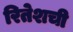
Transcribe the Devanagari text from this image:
रितेशची